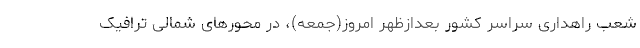
شعب راهداری سراسر کشور بعدازظهر امروز(جمعه)‌، در محورهای شمالی ترافیک